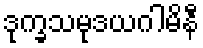
ဒုက္ခသမုဒယဂါမိနီ